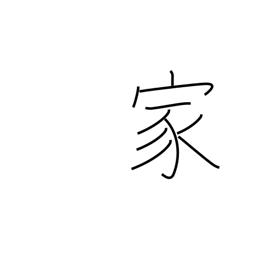
Meaning: expert